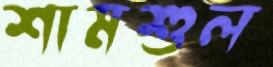
শামশুল